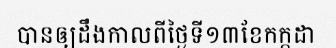
បានឲ្យដឹងកាលពីថ្ងៃទី១៣ខែកក្កដា